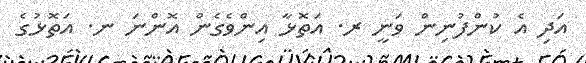
އަދި އެ ކުންފުނިން ވަނީ ރ. އަތޮޅާ އިންވެގެން އޮންނަ ނ. އަތޮޅުގެ